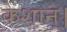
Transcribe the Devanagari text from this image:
केशान्।